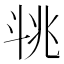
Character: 𣁶